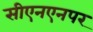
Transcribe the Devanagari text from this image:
सीएनएनपर